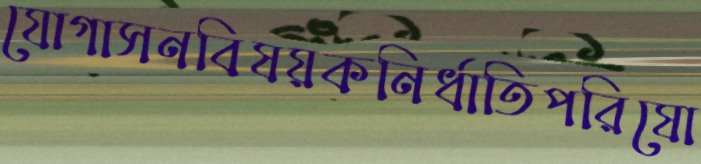
যোগাসনবিষয়কনির্ধাতিপরিষো